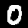
Label: 0